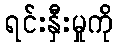
ရင်းနှီးမှုကို